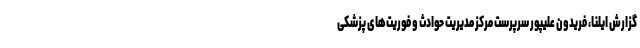
گزارش ایلنا، فریدون علیپور سرپرست مرکز مدیریت حوادث و فوریت‌های پزشکی